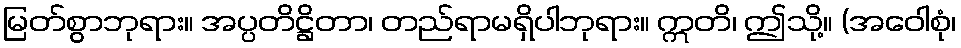
မြတ်စွာဘုရား။ အပ္ပတိဋ္ဌိတာ၊ တည်ရာမရှိပါဘုရား။ ဣတိ၊ ဤသို့။ (အဝေါစုံ၊